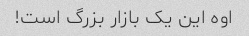
اوه این یک بازار بزرگ است!